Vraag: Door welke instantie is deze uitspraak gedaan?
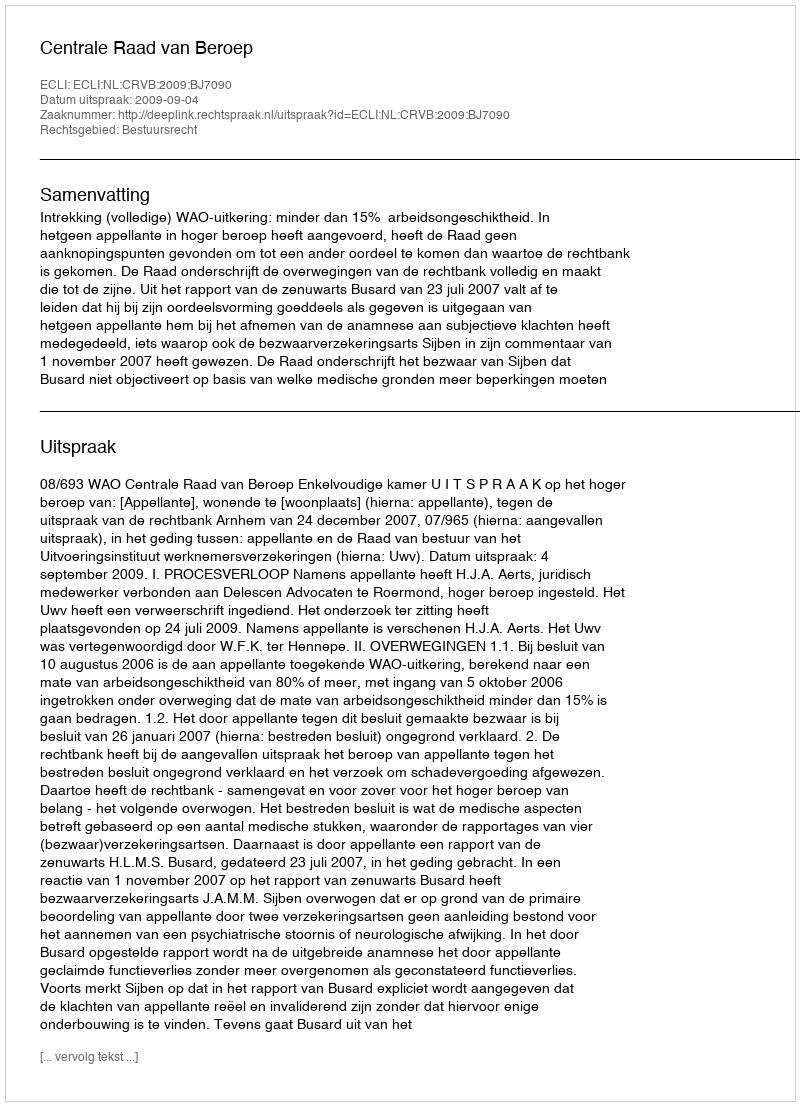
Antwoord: Centrale Raad van Beroep